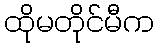
ထိုမတိုင်မီက